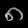
Digit: ၈